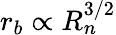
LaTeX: r_{b}\propto R_{n}^{3/2}